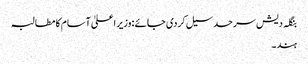
بنگلہ دیش سرحد سیل کردی جا ئے :وزیر اعلیٰ آسام کا مطالبہ
ہند۔